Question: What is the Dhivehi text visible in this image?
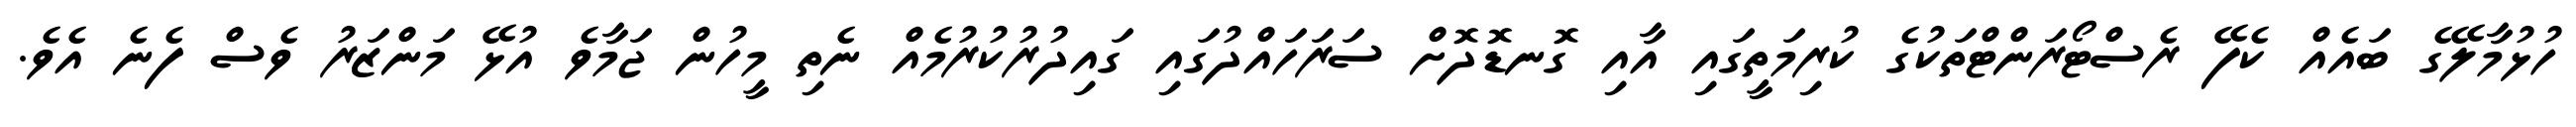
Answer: ހުޅުމާލޭގެ ބައެއް ކެފޭ ރެސްޓޯރަންޓްތަކުގެ ކުރިމަތީގައި އާއި ގޮނޑޮދޮށް ސަރަހައްދުގައި ގައިދުރުކުރުމެއް ނެތި މީހުން ޖަމާވެ އުޅޭ މަންޒަރު ވެސް ފެނެ އެވެ.